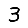
Digit: 3